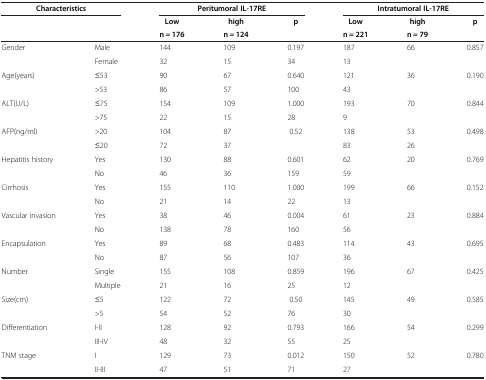
| <COLSPAN=2> Characteristics | <COLSPAN=3> Peritumoral IL-17RE | <COLSPAN=3> Intratumoral IL-17RE |
 |  |  | Low | high | p | Low | high | p |
 |  |  | n = 176 | n = 124 |  | n = 221 | n = 79 |  |
 | --- | --- | --- | --- | --- | --- | --- | --- |
 | Gender | Male | 144 | 109 | 0.197 | 187 | 66 | 0.857 |
 |  | Female | 32 | 15 | 34 | 13 |  |  |
 | Age(years) | ≤53 | 90 | 67 | 0.640 | 121 | 36 | 0.190 |
 |  | >53 | 86 | 57 | 100 | 43 |  |  |
 | ALT(U/L) | ≤75 | 154 | 109 | 1.000 | 193 | 70 | 0.844 |
 |  | >75 | 22 | 15 | 28 | 9 |  |  |
 | AFP(ng/ml) | >20 | 104 | 87 | 0.52 | 138 | 53 | 0.498 |
 |  | ≤20 | 72 | 37 |  | 83 | 26 |  |
 | Hepatitis history | Yes | 130 | 88 | 0.601 | 62 | 20 | 0.769 |
 |  | No | 46 | 36 | 159 | 59 |  |  |
 | Cirrhosis | Yes | 155 | 110 | 1.000 | 199 | 66 | 0.152 |
 |  | No | 21 | 14 | 22 | 13 |  |  |
 | Vascular invasion | Yes | 38 | 46 | 0.004 | 61 | 23 | 0.884 |
 |  | No | 138 | 78 | 160 | 56 |  |  |
 | Encapsulation | Yes | 89 | 68 | 0.483 | 114 | 43 | 0.695 |
 |  | No | 87 | 56 | 107 | 36 |  |  |
 | Number | Single | 155 | 108 | 0.859 | 196 | 67 | 0.425 |
 |  | Multiple | 21 | 16 | 25 | 12 |  |  |
 | Size(cm) | ≤5 | 122 | 72 | 0.50 | 145 | 49 | 0.585 |
 |  | >5 | 54 | 52 | 76 | 30 |  |  |
 | Differentiation | I-II | 128 | 92 | 0.793 | 166 | 54 | 0.299 |
 |  | III-IV | 48 | 32 | 55 | 25 |  |  |
 | TNM stage | I | 129 | 73 | 0.012 | 150 | 52 | 0.780 |
 |  | II-III | 47 | 51 | 71 | 27 |  |  |